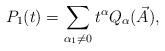
LaTeX: \begin{align*} P_1(t) = \sum_{\alpha_1\ne 0} t^\alpha Q_\alpha(\vec{A}), \end{align*}